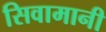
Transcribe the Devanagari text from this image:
सिवामानी